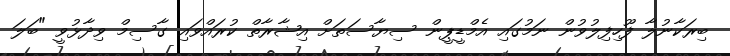
ބިރަކާނުލާ ފޫހިފިލުވުން ނަމުގައި އެމްޑީޕީން ސިޔާސަތަށް އިޝާރާތް ކުރައްވައި ގާސިމް ވިދާޅުވީ "ބަލަ